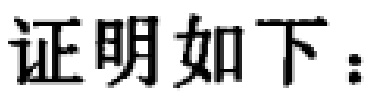
证明如下：